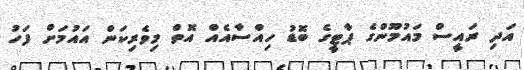
އަދި ރައީސް މައުމޫންގެ ޕާޓީގެ ބޮޑު ހިއްސާއެއް އޮތް މިވެރިކަން އައުމަށް ފަހު